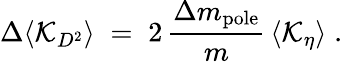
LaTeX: \Delta\langle{\cal K}_{D^{2}}\rangle\; =\; 2\, {\frac{\Delta m_{\mathrm{pole}}}{m}}\, \langle{\cal K}_{\eta}\rangle\; .